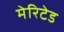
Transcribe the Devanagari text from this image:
मेरिटेड